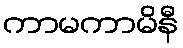
ကာမကာမိနီ